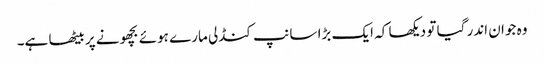
وہ جوان اندر گیا تو دیکھا کہ ایک بڑا سانپ کنڈلی مارے ہوئے بچھونے پر بیٹھا ہے۔